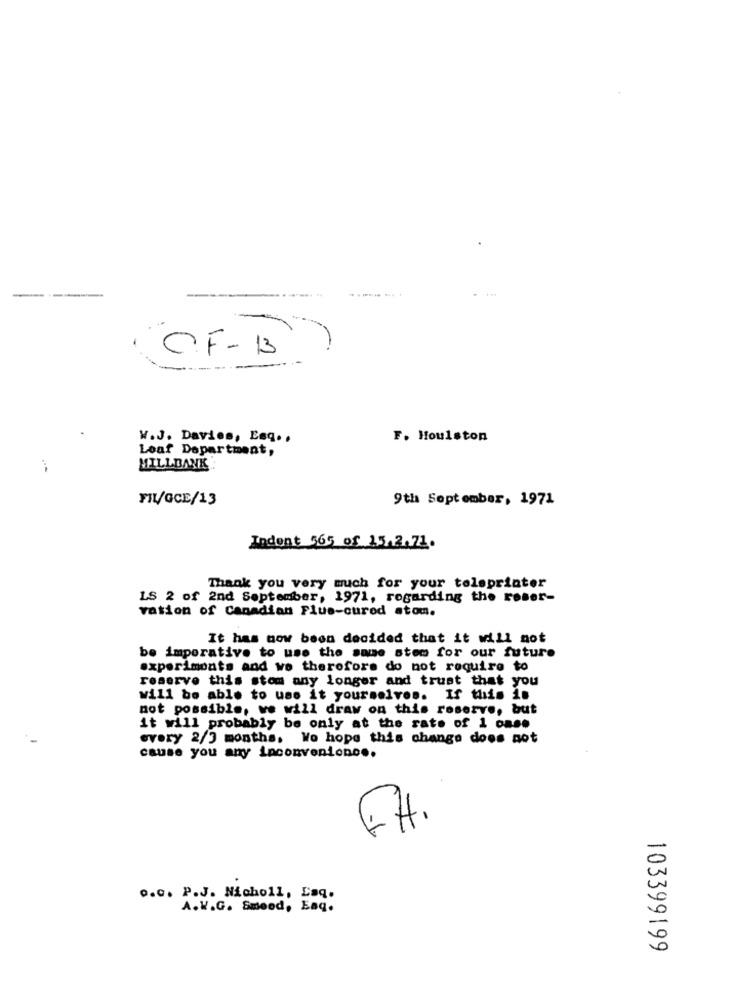
-
CF-13
W.J. Davies, Esq. .
F. Houlston
Loaf Department,
MILLBANK
FIL/GCE/13
9th September, 1971
Indent 565 of 15.2.71.
Thank you very much for your toleprinter
LS 2 of 2nd September, 1971, regarding the roser-
vation of Canadian Flus-cured atom.
It has now been decided that it will not
be imperative to use the same stem for our future
experiments and we therefore do not require to
reserve this stom any longer and trust that you
will be able to use it yourselves. If this is
not possible, we will draw on this reserve, but
it will probably be only at the rate of 1 case
every 2/3 months. Wo hope this change does not
cause you any inconveniono ..
FH.
o.o. P.J. Nicholl, Laq.
A.W.G. Smeed, Eaq.
103399199